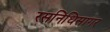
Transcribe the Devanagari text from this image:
रसनिधिसागर